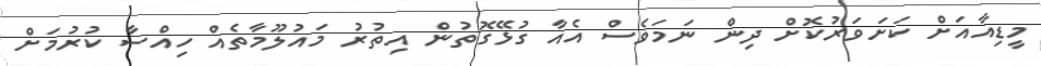
މީޑިއާއަށް ކަށަވަރުކޮށް ދިން ނަމަވެސް އެއާ ގުޅޭގޮތުން އިތުރު މައުލޫމާތެއް ހިއްސާ ކުރުމަށް